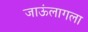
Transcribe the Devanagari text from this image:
जाऊंलागला